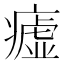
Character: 𤺞